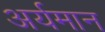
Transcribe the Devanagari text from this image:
अर्यमान